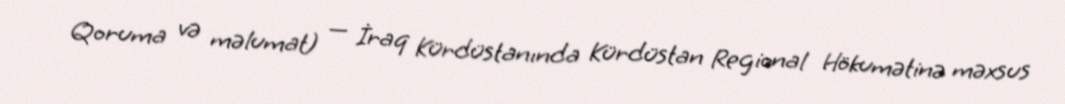
Qoruma və məlumat) — İraq Kürdüstanında Kürdüstan Regional Hökumətinə məxsus